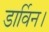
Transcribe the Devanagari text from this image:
डार्विन।